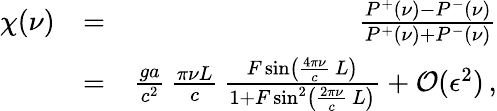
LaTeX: \begin{array}{rlr}{\chi(\nu)}&{=}&{\frac{P^{+}(\nu)-P^{-}(\nu)}{P^{+}(\nu)+P^{-}(\nu)}}\\ &{=}&{\frac{ga}{c^{2}}\, \frac{\pi\nu L}{c}\, \frac{F\sin\left(\frac{4\pi\nu}{c}\, L\right)}{1+F\sin^{2}\left(\frac{2\pi\nu}{c}\, L\right)}+\mathcal{O}(\epsilon^{2})\, ,}\end{array}